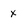
Character: X